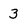
Character: 3